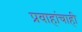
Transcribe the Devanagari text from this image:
प्रवाहांचाही